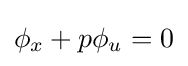
\phi _{x}+p\phi _{u}=0